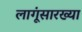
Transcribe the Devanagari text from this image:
लागूंसारख्या